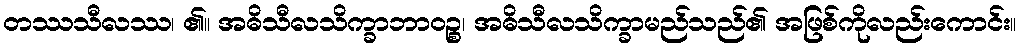
တဿသီလဿ၊ ၏။ အဓိသီလသိက္ခာဘာဝဉ္စ၊ အဓိသီလသိက္ခာမည်သည်၏ အဖြစ်ကိုလည်းကောင်း။